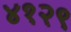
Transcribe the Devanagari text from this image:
४१२९